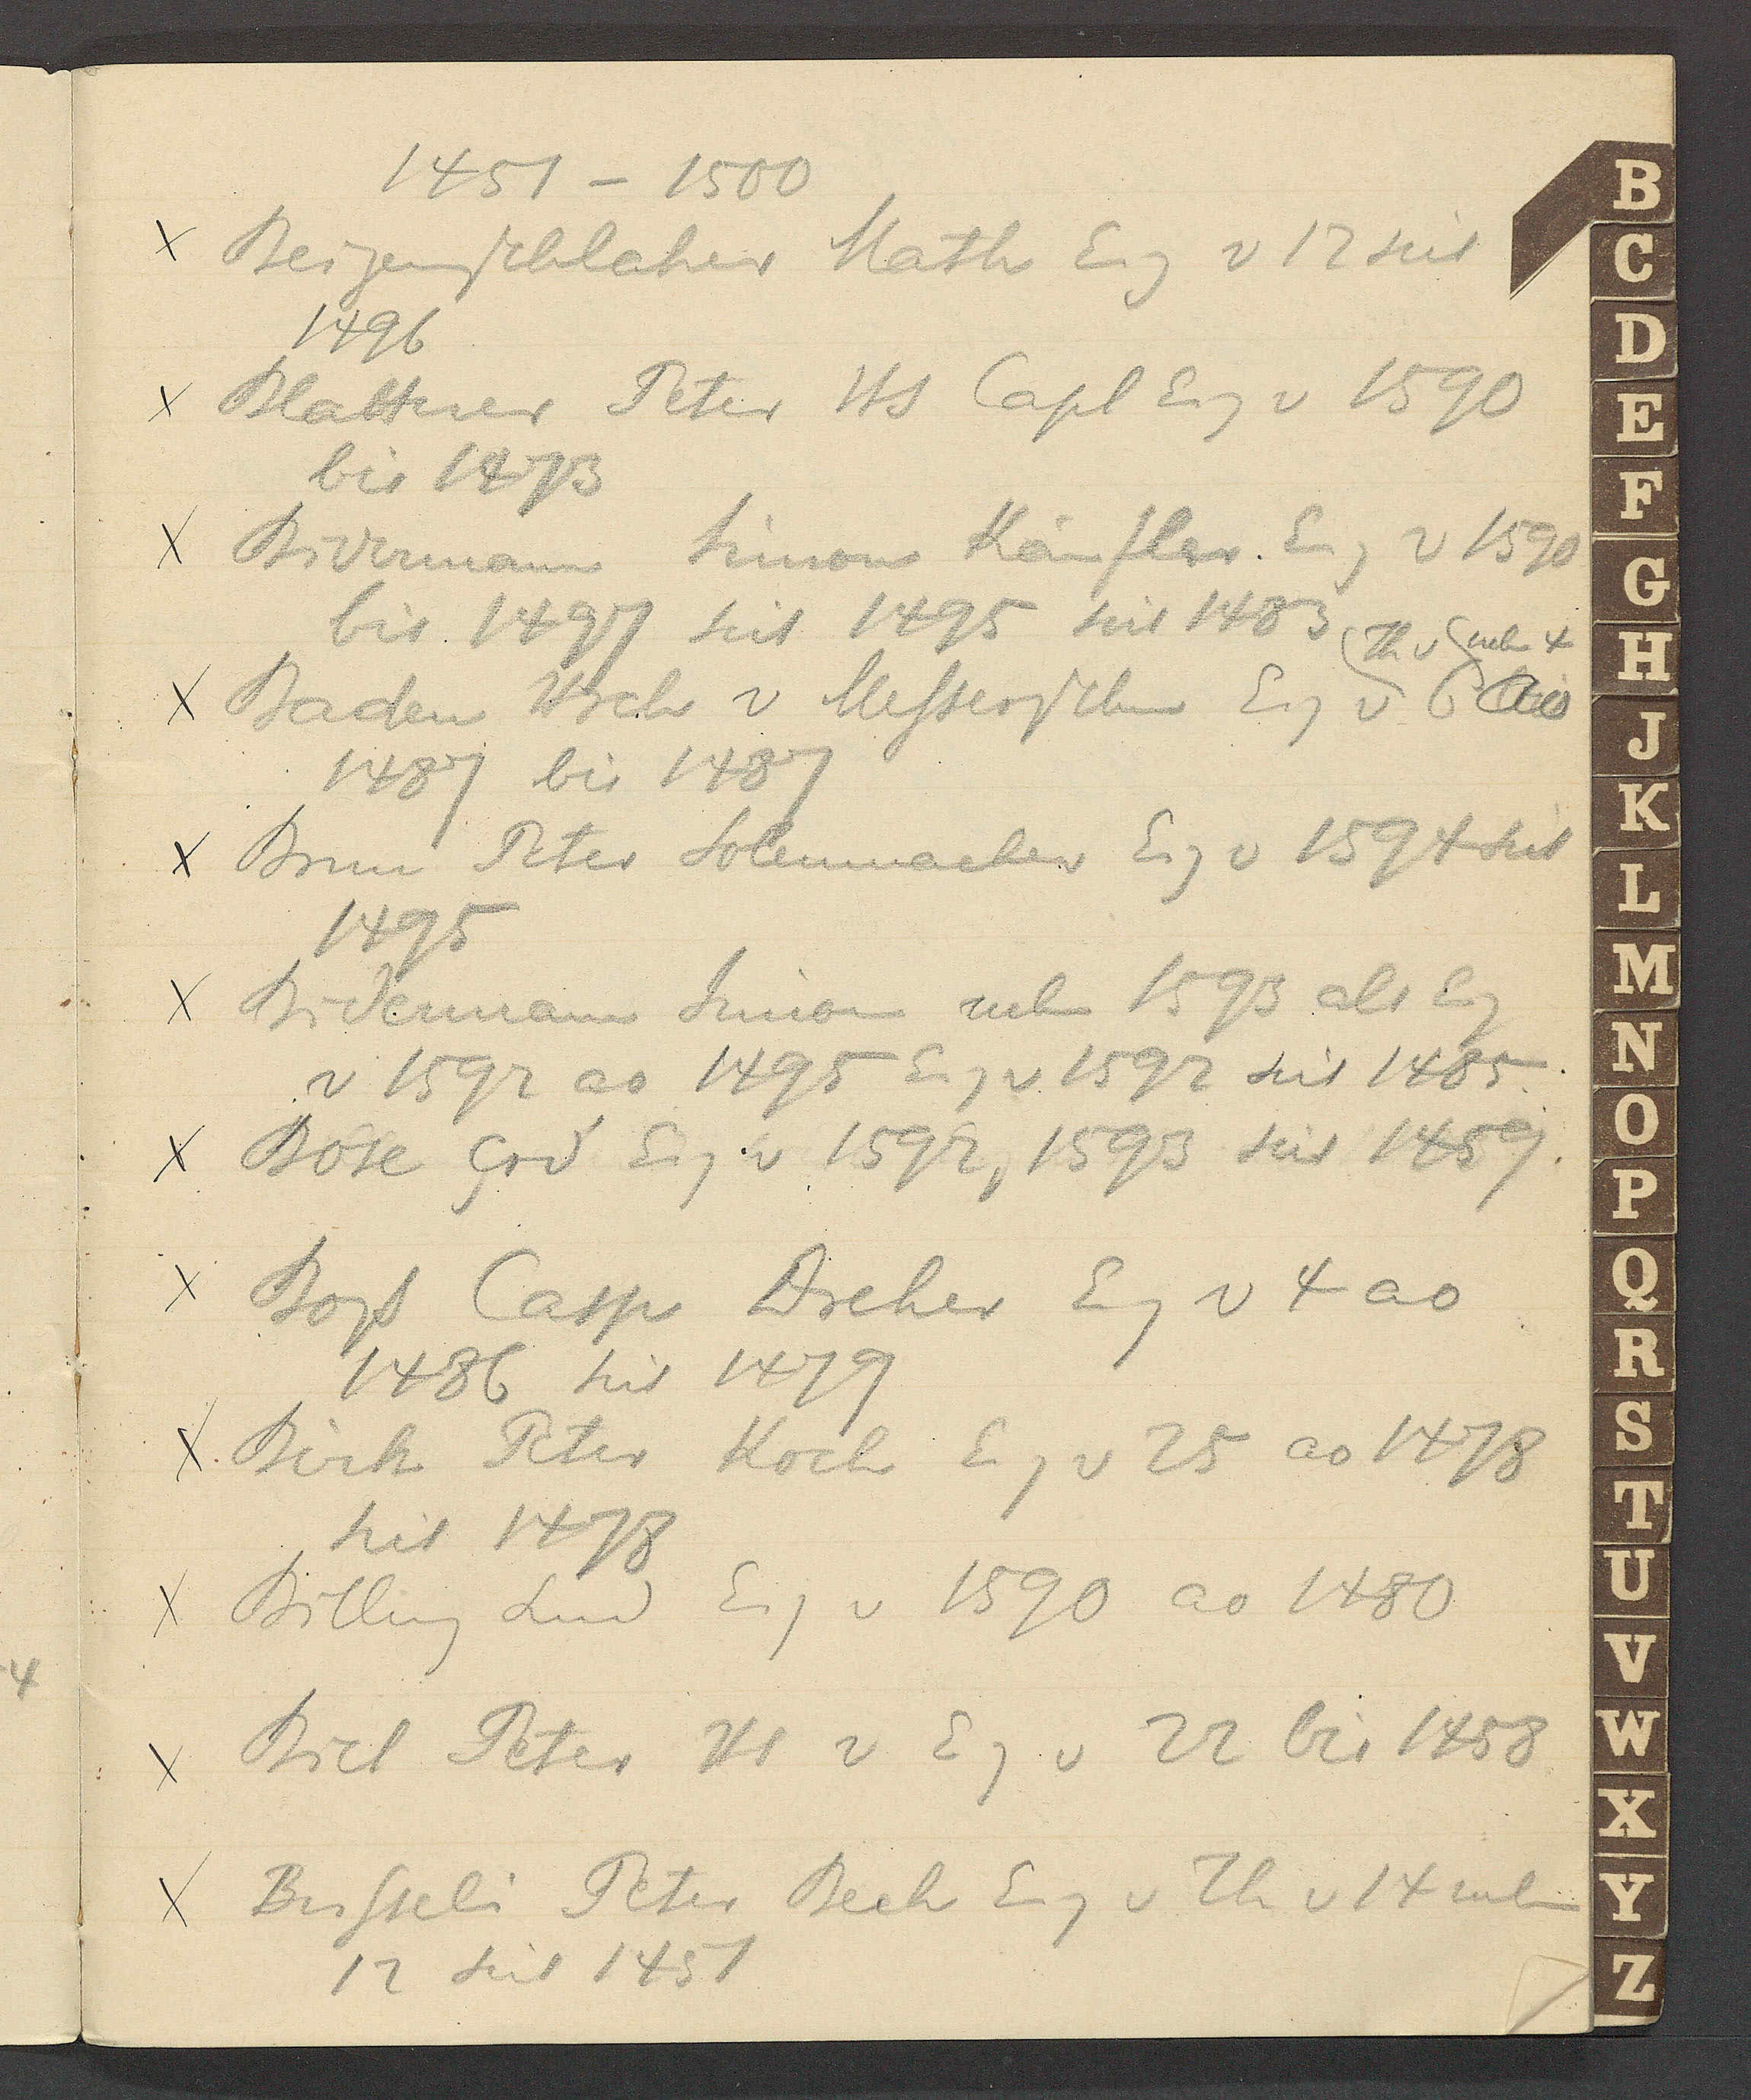
Transcript:
1451 – 1500
Beigenschlaher Math Eig v 12 seit
1496
Blattner Peter Hs Capl Eig v 1590
bis 1473
Bidermann Simon Käufler Eig v 1590
bis 1497 seit 1495 seit 1483
Th v
neb 4
Baden Hrch v Messerschm Eig v 6 bis Ao
1487 bis 1487
Brun Peter Solenmacher Eig v 1594 seit
1495
Bidermann Simon neb 1593 als Eig
v 1592 ao 1495 Eig v 1592 seit 1485
Bose Crd Eig v 1592, 1593 seit 1459
Boß Casp Dreher Eig v 4 ao
1486 seit 1479
Birk Peter Koch Eig v 25 ao 1478
seit 1478
Billing Lud Eig v 1590 ao 1480
Biel Peter Hs v Eg v 22 bis 1458
Busseli Peter Beck Eig v Th v 14 neben
12 seit 1451